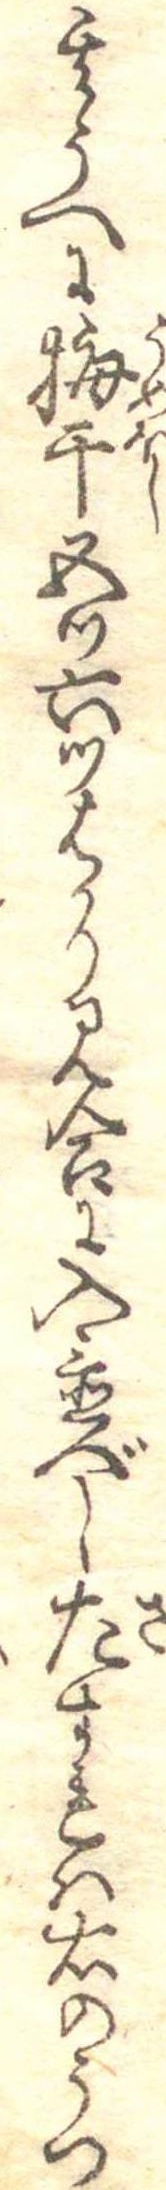
其うへに梅干五つ六つはかり見合に入置べしさすれは右のうつ